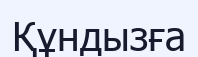
Құндызға